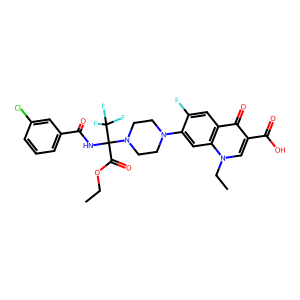
SMILES: CCOC(=O)C(NC(=O)c1cccc(Cl)c1)(N1CCN(c2cc3c(cc2F)c(=O)c(C(=O)O)cn3CC)CC1)C(F)(F)F
Inhibits HIV replication: No